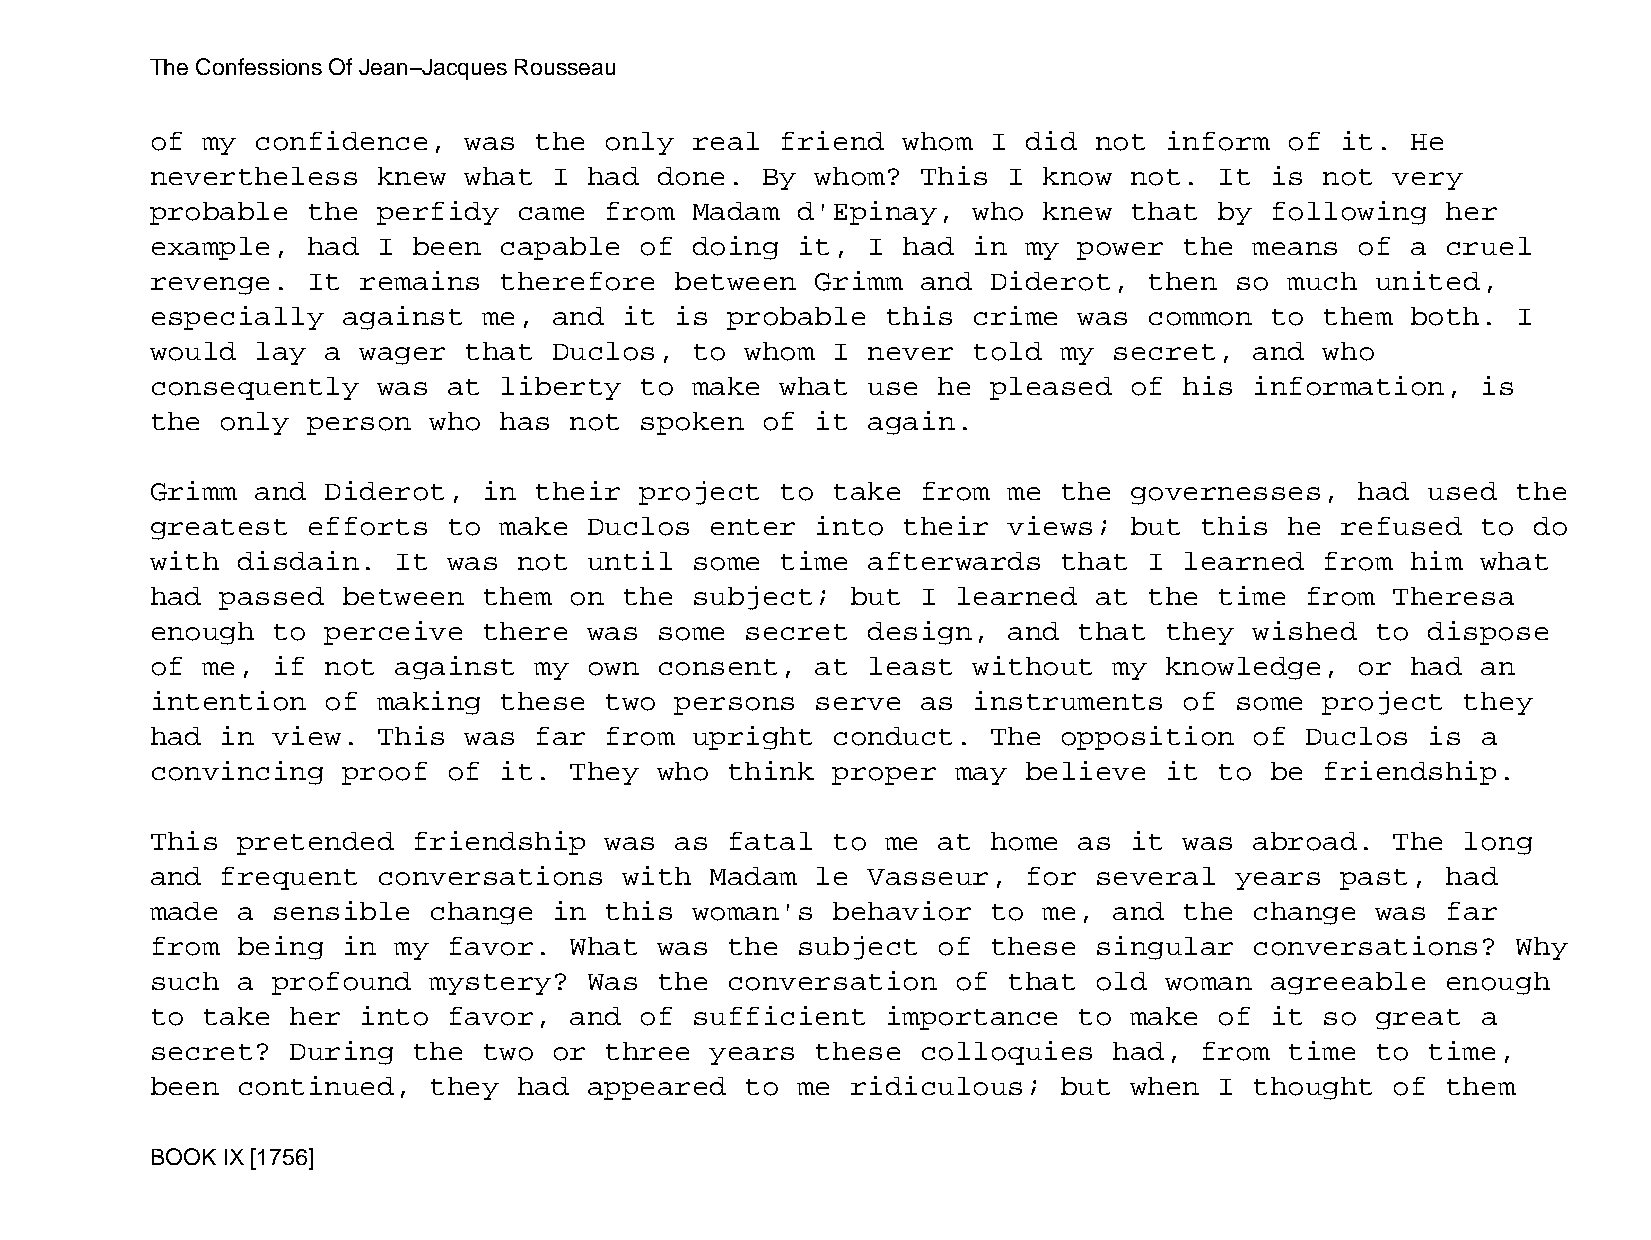
The Confessions Of Jean−Jacques Rousseau
 of my  confidence,   was the  only  real  friend  whom  I did not  inform  of  it. He
 nevertheless   knew  what  I had  done. By  whom?  This  I know  not.  It is  not very
 probable  the  perfidy  came  from  Madam  d'Epinay,  who  knew  that  by following   her
 example,  had  I been  capable  of  doing  it, I  had in  my power  the  means  of a  cruel
 revenge.  It  remains  therefore   between  Grimm  and  Diderot,  then  so much  united,
 especially   against  me,  and it  is probable   this crime  was  common  to  them both.  I
 would  lay  a wager  that  Duclos,  to whom  I never  told  my  secret,  and  who
 consequently   was  at liberty  to  make  what use  he  pleased  of his  information,   is
 the  only person  who  has  not spoken  of  it again.
 Grimm  and  Diderot,  in their  project   to take  from  me the  governesses,   had  used the
 greatest  efforts   to make  Duclos  enter  into  their  views;  but this  he  refused  to do
 with  disdain.  It  was not  until  some  time afterwards   that  I learned   from him  what
 had  passed  between  them  on the  subject;  but  I learned  at  the  time from  Theresa
 enough  to  perceive  there  was  some secret  design,   and that  they  wished  to  dispose
 of me,  if  not against  my  own  consent,  at least  without   my knowledge,   or had  an
 intention   of making  these  two  persons  serve  as instruments   of  some  project  they
 had  in view.  This  was far  from  upright  conduct.   The opposition   of Duclos   is a
 convincing   proof  of it.  They  who think  proper  may  believe  it  to be  friendship.
 This  pretended  friendship   was  as fatal  to  me at  home as  it was  abroad.  The  long
 and  frequent  conversations   with  Madam  le Vasseur,   for several   years  past,  had
 made  a sensible  change   in this  woman's  behavior   to me,  and the  change  was  far
 from  being  in my  favor.  What  was the  subject  of  these singular   conversations?   Why
 such  a profound  mystery?   Was  the conversation   of  that old  woman  agreeable   enough
 to take  her  into  favor,  and of  sufficient   importance  to  make  of it  so great  a
 secret?  During  the  two  or three  years  these  colloquies   had, from  time  to  time,
 been  continued,  they  had  appeared  to  me ridiculous;   but  when  I thought  of  them
 BOOK IX [1756]